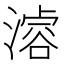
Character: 𣽊